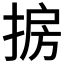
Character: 𱠒